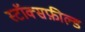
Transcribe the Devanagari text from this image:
स्टॉक्सफ़ील्ड